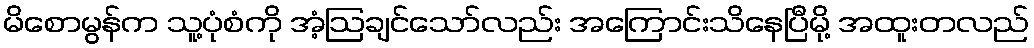
မိစောမွန်က သူ့ပုံစံကို အံ့ဩချင်သော်လည်း အကြောင်းသိနေပြီမို့ အထူးတလည်